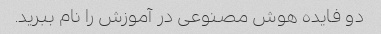
دو فایده هوش مصنوعی در آموزش را نام ببرید.